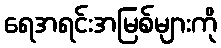
ရေအရင်းအမြစ်များကို